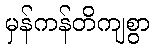
မှန်ကန်တိကျစွာ